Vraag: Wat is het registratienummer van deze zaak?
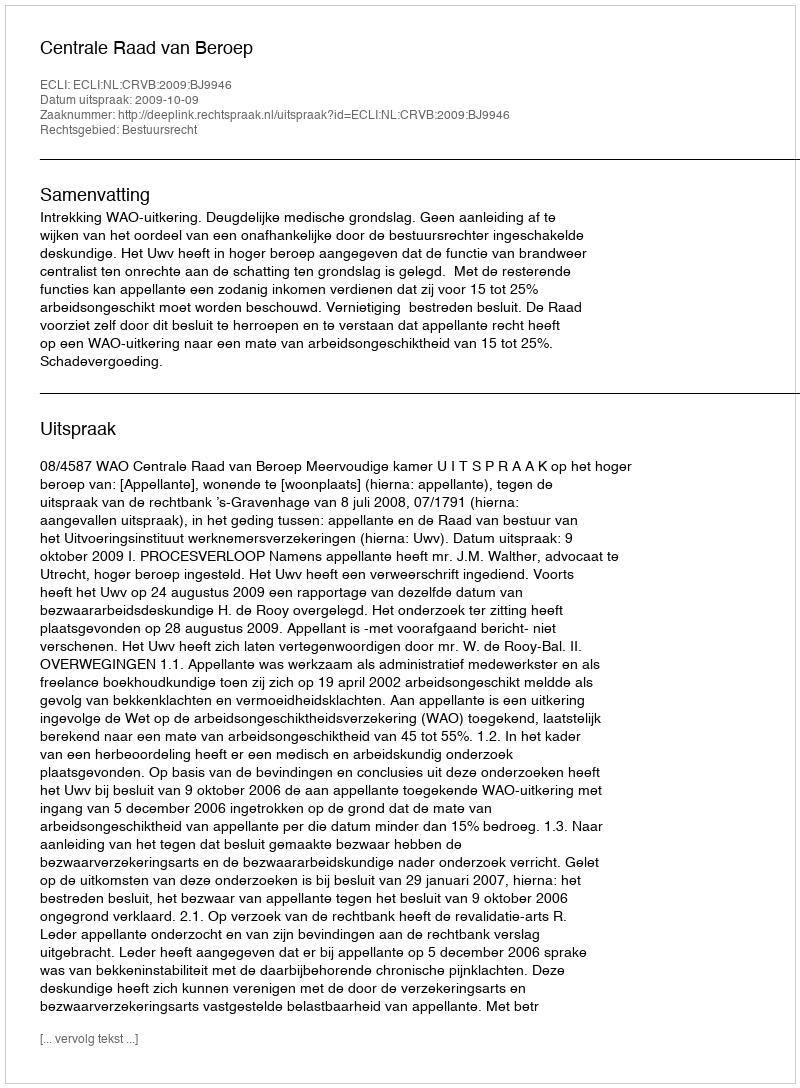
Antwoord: http://deeplink.rechtspraak.nl/uitspraak?id=ECLI:NL:CRVB:2009:BJ9946